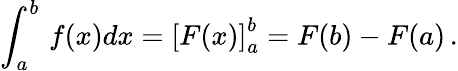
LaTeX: \int_{a}^{b}\, f(x)dx=\left[F(x)\right]_{a}^{b}=F(b)-F(a)\, .